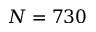
N = 7 3 0